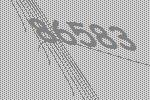
86583